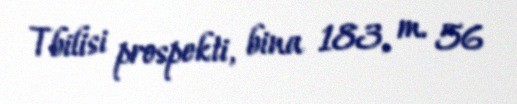
Tbilisi prospekti, bina 183, m. 56